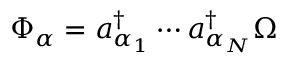
\Phi _ { \alpha } = a _ { \alpha _ { 1 } } ^ { \dag } \cdots a _ { \alpha _ { N } } ^ { \dag } \Omega